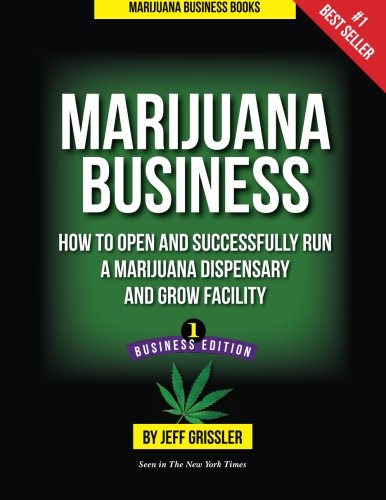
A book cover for Marijuana Business: How to Open and Successfully Run a Marijuana Dispensary and Grow Facility; Jeff Grissler; Science & Math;